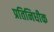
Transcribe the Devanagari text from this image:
प्रतिनिधीक